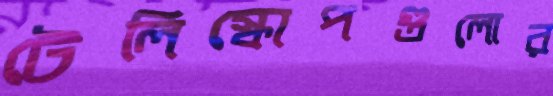
টেলিস্কোপগুলোর